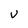
Character: U